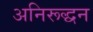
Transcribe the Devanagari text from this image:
अनिरूद्धन